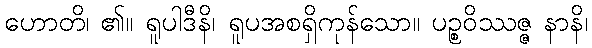
ဟောတိ၊ ၏။ ရူပါဒီနိ၊ ရူပအစရှိကုန်သော။ ပဉ္စဝိဿဇ္ဇ နာနိ၊